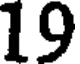
19